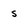
Character: s